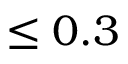
\le 0 . 3